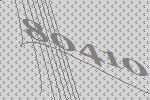
80410